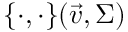
\{ \cdot , \cdot \} ( \vec { v } , \Sigma )